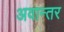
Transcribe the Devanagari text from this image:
अवान्‍तर